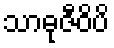
သာဓုဇီဝိပိ